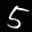
Label: 5